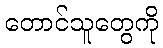
တောင်သူတွေကို